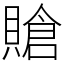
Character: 賶